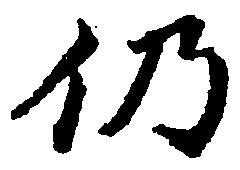
仍